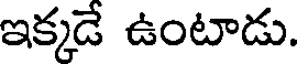
ఇక్కడే ఉంటాడు.